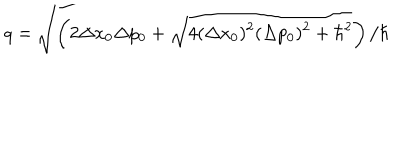
q = \sqrt { \left( 2 \Delta x _ { 0 } \Delta p _ { 0 } + \sqrt { 4 ( \Delta x _ { 0 } ) ^ { 2 } ( \Delta p _ { 0 } ) ^ { 2 } + { \hbar } ^ { 2 } } \right) / \hbar }